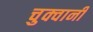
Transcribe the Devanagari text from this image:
चुक्वानी